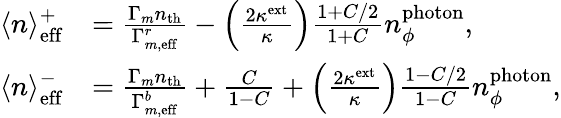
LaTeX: \begin{array}{rl}{\langle n\rangle_{\mathrm{eff}}^{+}}&{=\frac{\Gamma_{m}n_{\mathrm{th}}}{\Gamma_{m,\mathrm{eff}}^{r}}-\left(\frac{2\kappa^{\mathrm{ext}}}{\kappa}\right)\frac{1+C/2}{1+C}n_{\phi}^{\mathrm{photon}},}\\ {\langle n\rangle_{\mathrm{eff}}^{-}}&{=\frac{\Gamma_{m}n_{\mathrm{th}}}{\Gamma_{m,\mathrm{eff}}^{b}}+\frac{C}{1-C}+\left(\frac{2\kappa^{\mathrm{ext}}}{\kappa}\right)\frac{1-C/2}{1-C}n_{\phi}^{\mathrm{photon}},}\end{array}